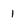
Character: 1